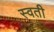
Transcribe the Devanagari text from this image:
स्वती